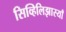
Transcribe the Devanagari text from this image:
सिव्हिलिझास्याँ